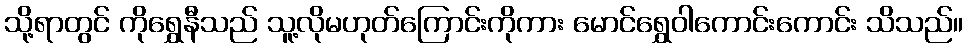
သို့ရာတွင် ကိုရွှေနီသည် သူ့လိုမဟုတ်ကြောင်းကိုကား မောင်ရွှေဝါကောင်းကောင်း သိသည်။